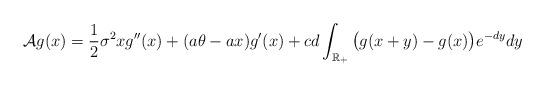
LaTeX: \begin{align*}\mathcal{A}g(x)=\frac{1}{2}\sigma^2xg''(x)+(a\theta-ax)g'(x)+cd\int_{\mathbb{R}_{+}}\big(g(x+y)-g(x)\big)e^{-dy}dy\end{align*}